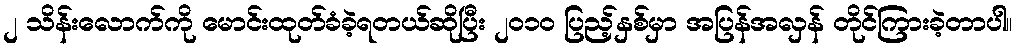
၂ သိန်းလောက်ကို မောင်းထုတ်ခံခဲ့ရတယ်ဆိုပြီး ၂၀၁၀ ပြည့်နှစ်မှာ အပြန်အလှန် တိုင်ကြားခဲ့တာပါ။